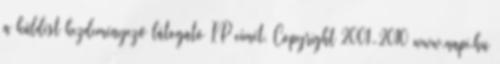
a küldést kezdeményező látogató IP címét. Copyright 2001-2010 www.napi.hu